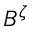
B ^ { \zeta }